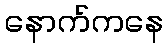
နောက်ကနေ